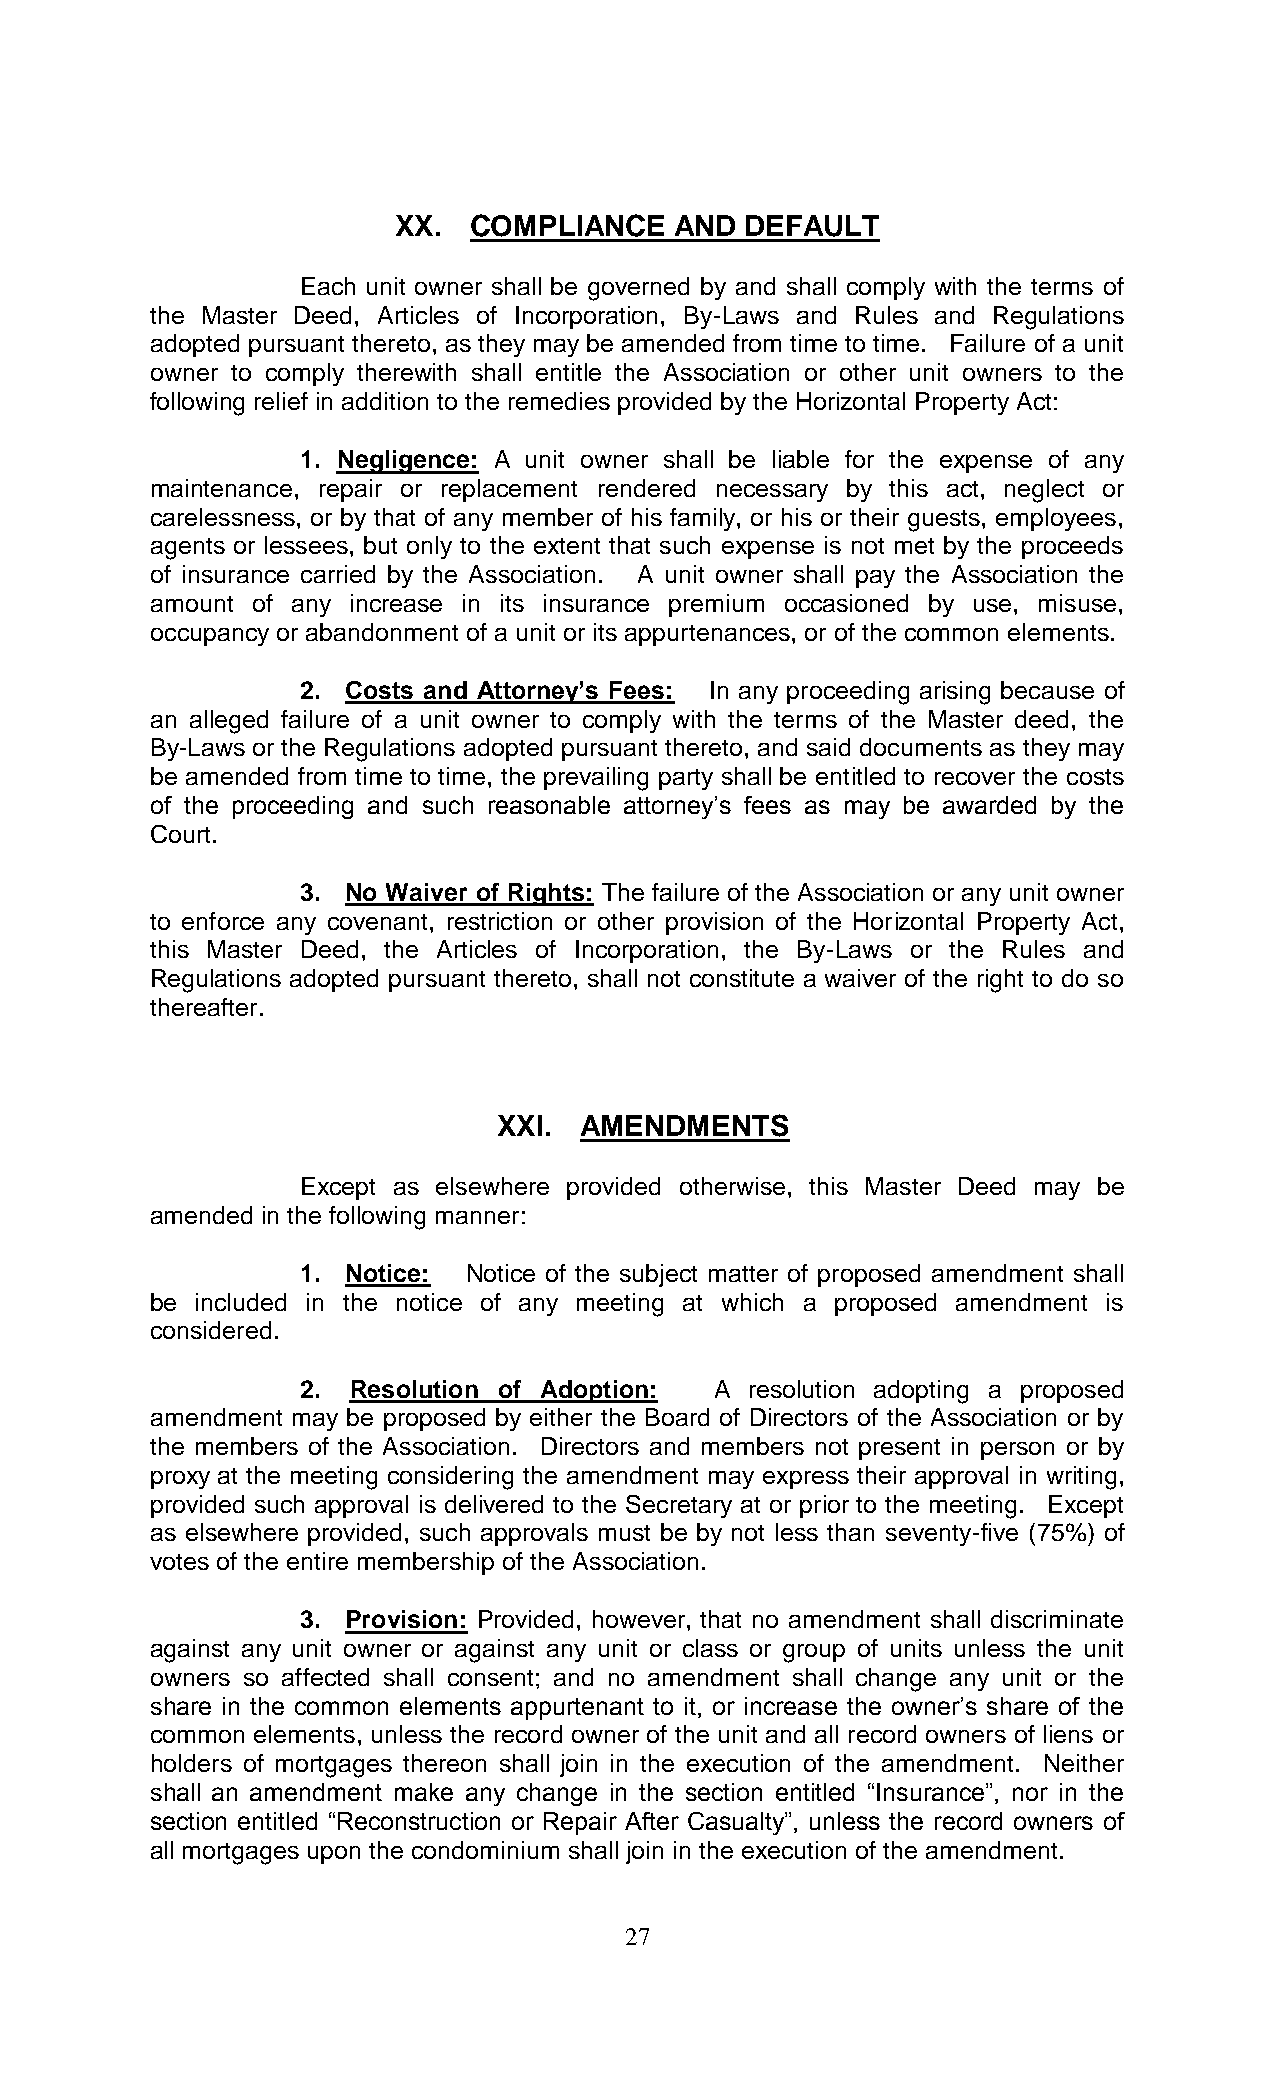
XX.  COMPLIANCE    AND DEFAULT
 Each unit owner shall be governed by and shall comply with the terms of
 the Master Deed, Articles of Incorporation, By-Laws and Rules and Regulations
 adopted pursuant thereto, as they may be amended from time to time. Failure of a unit
 owner to comply therewith shall entitle the Association or other unit owners to the
 following relief in addition to the remedies provided by the Horizontal Property Act:
 1. Negligence: A unit owner shall be liable for the expense of any
 maintenance, repair or replacement rendered necessary by this act, neglect or
 carelessness, or by that of any member of his family, or his or their guests, employees,
 agents or lessees, but only to the extent that such expense is not met by the proceeds
 of insurance carried by the Association. A unit owner shall pay the Association the
 amount of any increase in its insurance premium occasioned by use, misuse,
 occupancy or abandonment of a unit or its appurtenances, or of the common elements.
 2. Costs and Attorney’s Fees: In any proceeding arising because of
 an alleged failure of a unit owner to comply with the terms of the Master deed, the
 By-Laws or the Regulations adopted pursuant thereto, and said documents as they may
 be amended from time to time, the prevailing party shall be entitled to recover the costs
 of the proceeding and such reasonable attorney’s fees as may be awarded by the
 Court.
 3. No Waiver of Rights: The failure of the Association or any unit owner
 to enforce any covenant, restriction or other provision of the Horizontal Property Act,
 this Master Deed, the Articles of Incorporation, the By-Laws or the Rules and
 Regulations adopted pursuant thereto, shall not constitute a waiver of the right to do so
 thereafter.
 XXI. AMENDMENTS
 Except as elsewhere provided otherwise, this Master Deed may be
 amended in the following manner:
 1. Notice: Notice of the subject matter of proposed amendment shall
 be included in the notice of any meeting at which a proposed amendment is
 considered.
 2. Resolution of Adoption: A  resolution adopting a proposed
 amendment may be proposed by either the Board of Directors of the Association or by
 the members of the Association. Directors and members not present in person or by
 proxy at the meeting considering the amendment may express their approval in writing,
 provided such approval is delivered to the Secretary at or prior to the meeting. Except
 as elsewhere provided, such approvals must be by not less than seventy-five (75%) of
 votes of the entire membership of the Association.
 3. Provision: Provided, however, that no amendment shall discriminate
 against any unit owner or against any unit or class or group of units unless the unit
 owners so affected shall consent; and no amendment shall change any unit or the
 share in the common elements appurtenant to it, or increase the owner’s share of the
 common elements, unless the record owner of the unit and all record owners of liens or
 holders of mortgages thereon shall join in the execution of the amendment. Neither
 shall an amendment make any change in the section entitled “Insurance”, nor in the
 section entitled “Reconstruction or Repair After Casualty”, unless the record owners of
 all mortgages upon the condominium shall join in the execution of the amendment.
 27